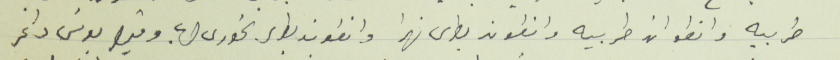
طربيه وانطوان طربيه وانطون بطرس نهرا وانطون بطرس الخوري حرب وقيصر يونس داغر